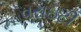
વરાઇટી